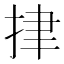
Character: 𢫫